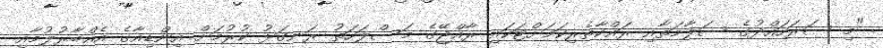
"މި ސަރަހައްދުގެ ސަލާމަތާއި ރައްކާތެރިކަމަށްޓަކައި ރާއްޖޭގެ މަސްލަހަތު ރަނގަޅު ކުރުމަށް އިންޑިއާގެ އެއްބާރުލުމާއި